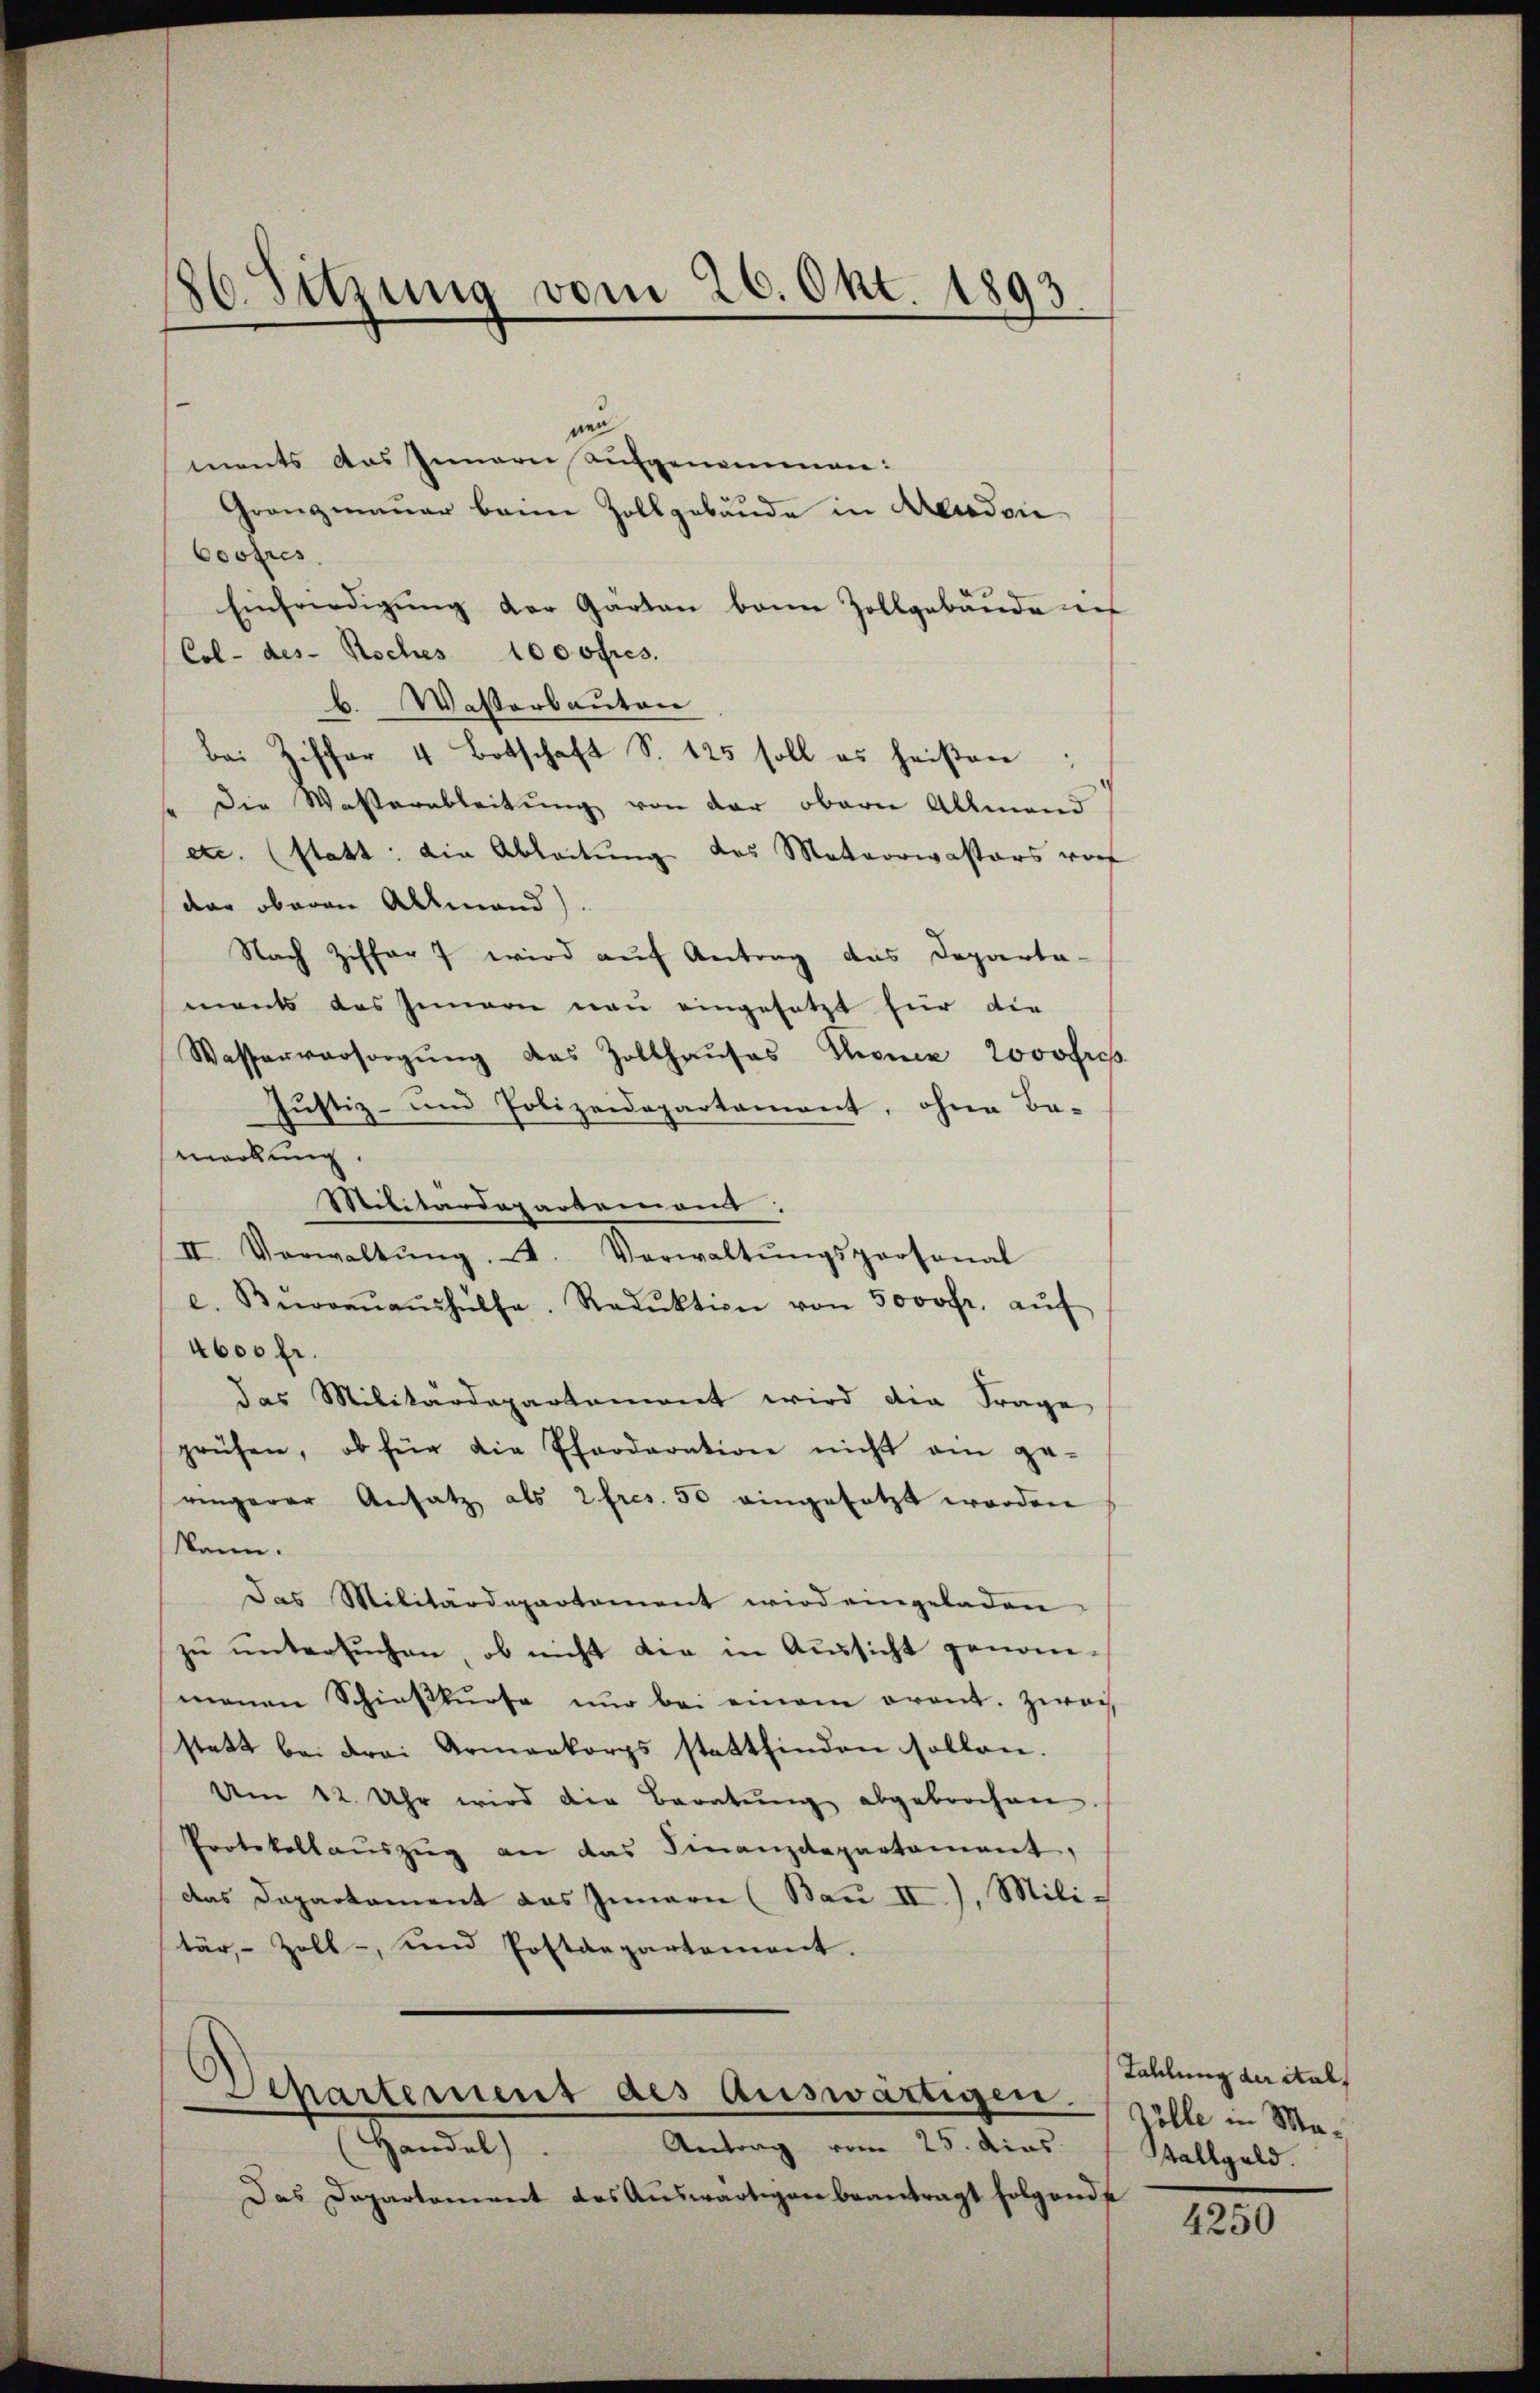
nen
ments das Innern Aufgenommen:
Granzmauer bann Zollgebäude in Aenden
Coofres
Einfriedigŭng der Garten bann Zollgebäude ich
Col- des Koches 1000fres.
b. Wasserbauten
Bei Ziffer 4 Botschaft S. 125 soll es heißen
Die Wasserableitung von der obern Allmend
etc. (statt: die Ableitung des Matarriastors vorf
dar oberen Allmend).
Nach Ziffer 7 wird auf Antrag das Departa-
ments das Innern neu eingesetzt für die
Wasserversorgŭng des Zollhaŭses Thoner Jovofres
Justiz- und Polizeidepartement, ohne Be-
merkung.
Militärdepartemons:
II. Verwaltŭng 4. Verwaltŭngspersonal
e. Bevorŭaŭshülfe. Reduktion von 5000fr. aŭf
4600 fr.
das Militärdepartement wird die Frage
prüfen, ob für die Pferdaration nicht am ge-
ringerer Ansatz als 2 fres. 50 eingesetzt worden
Wann.
Das Militärdepartement wird eingeladen,
zu untersŭchen, ob nicht die in Aussicht genom-
manen Schieskurse nur bei einem orant. Zwai
statt bei drei Armenkorps stattfinden sollen.
Am 12 Uhr wird die Beratŭng abgebrochen
Protokollaŭszŭg an das Finanzdepartament,
das Departament das Innern (Bau II). Militär, Zoll- und Postdepartement.

86. Sitzung vom 26. Okt. 1893

Departement als auswärtigen.

Handel
Antrag vom 25. dies
Das Departement des Auswärtigen beantragt folgende

Zahlung der ital
Zölle in Ma¬
Stallgeld

4250